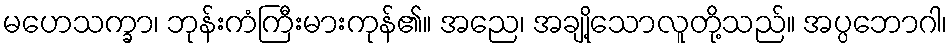
မဟေသက္ခာ၊ ဘုန်းကံကြီးမားကုန်၏။ အညေ၊ အချို့သောလူတို့သည်။ အပ္ပဘောဂါ၊